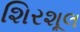
શિરશૂલ